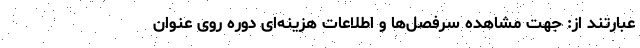
عبارتند از: جهت مشاهده سرفصل‌ها و اطلاعات هزینه‌ای دوره روی عنوان